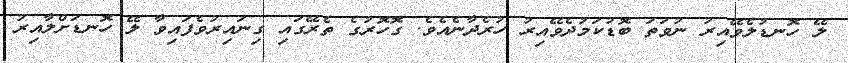
ލޭ ހޮނޑުލެވޭއިރު ނުވަތަ ބޮޑުކަމުދެވޭއިރު ހުރެދާނެއެވެ. ގޮހޮރުގެ ތެރޭގައި ގިނައިރުވެފައިވާ ލޭ ހޮނޑަށްލާއިރު